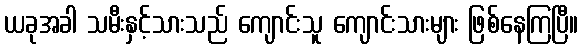
ယခုအခါ သမီးနှင့်သားသည် ကျောင်းသူ ကျောင်းသားများ ဖြစ်နေကြပြီ။